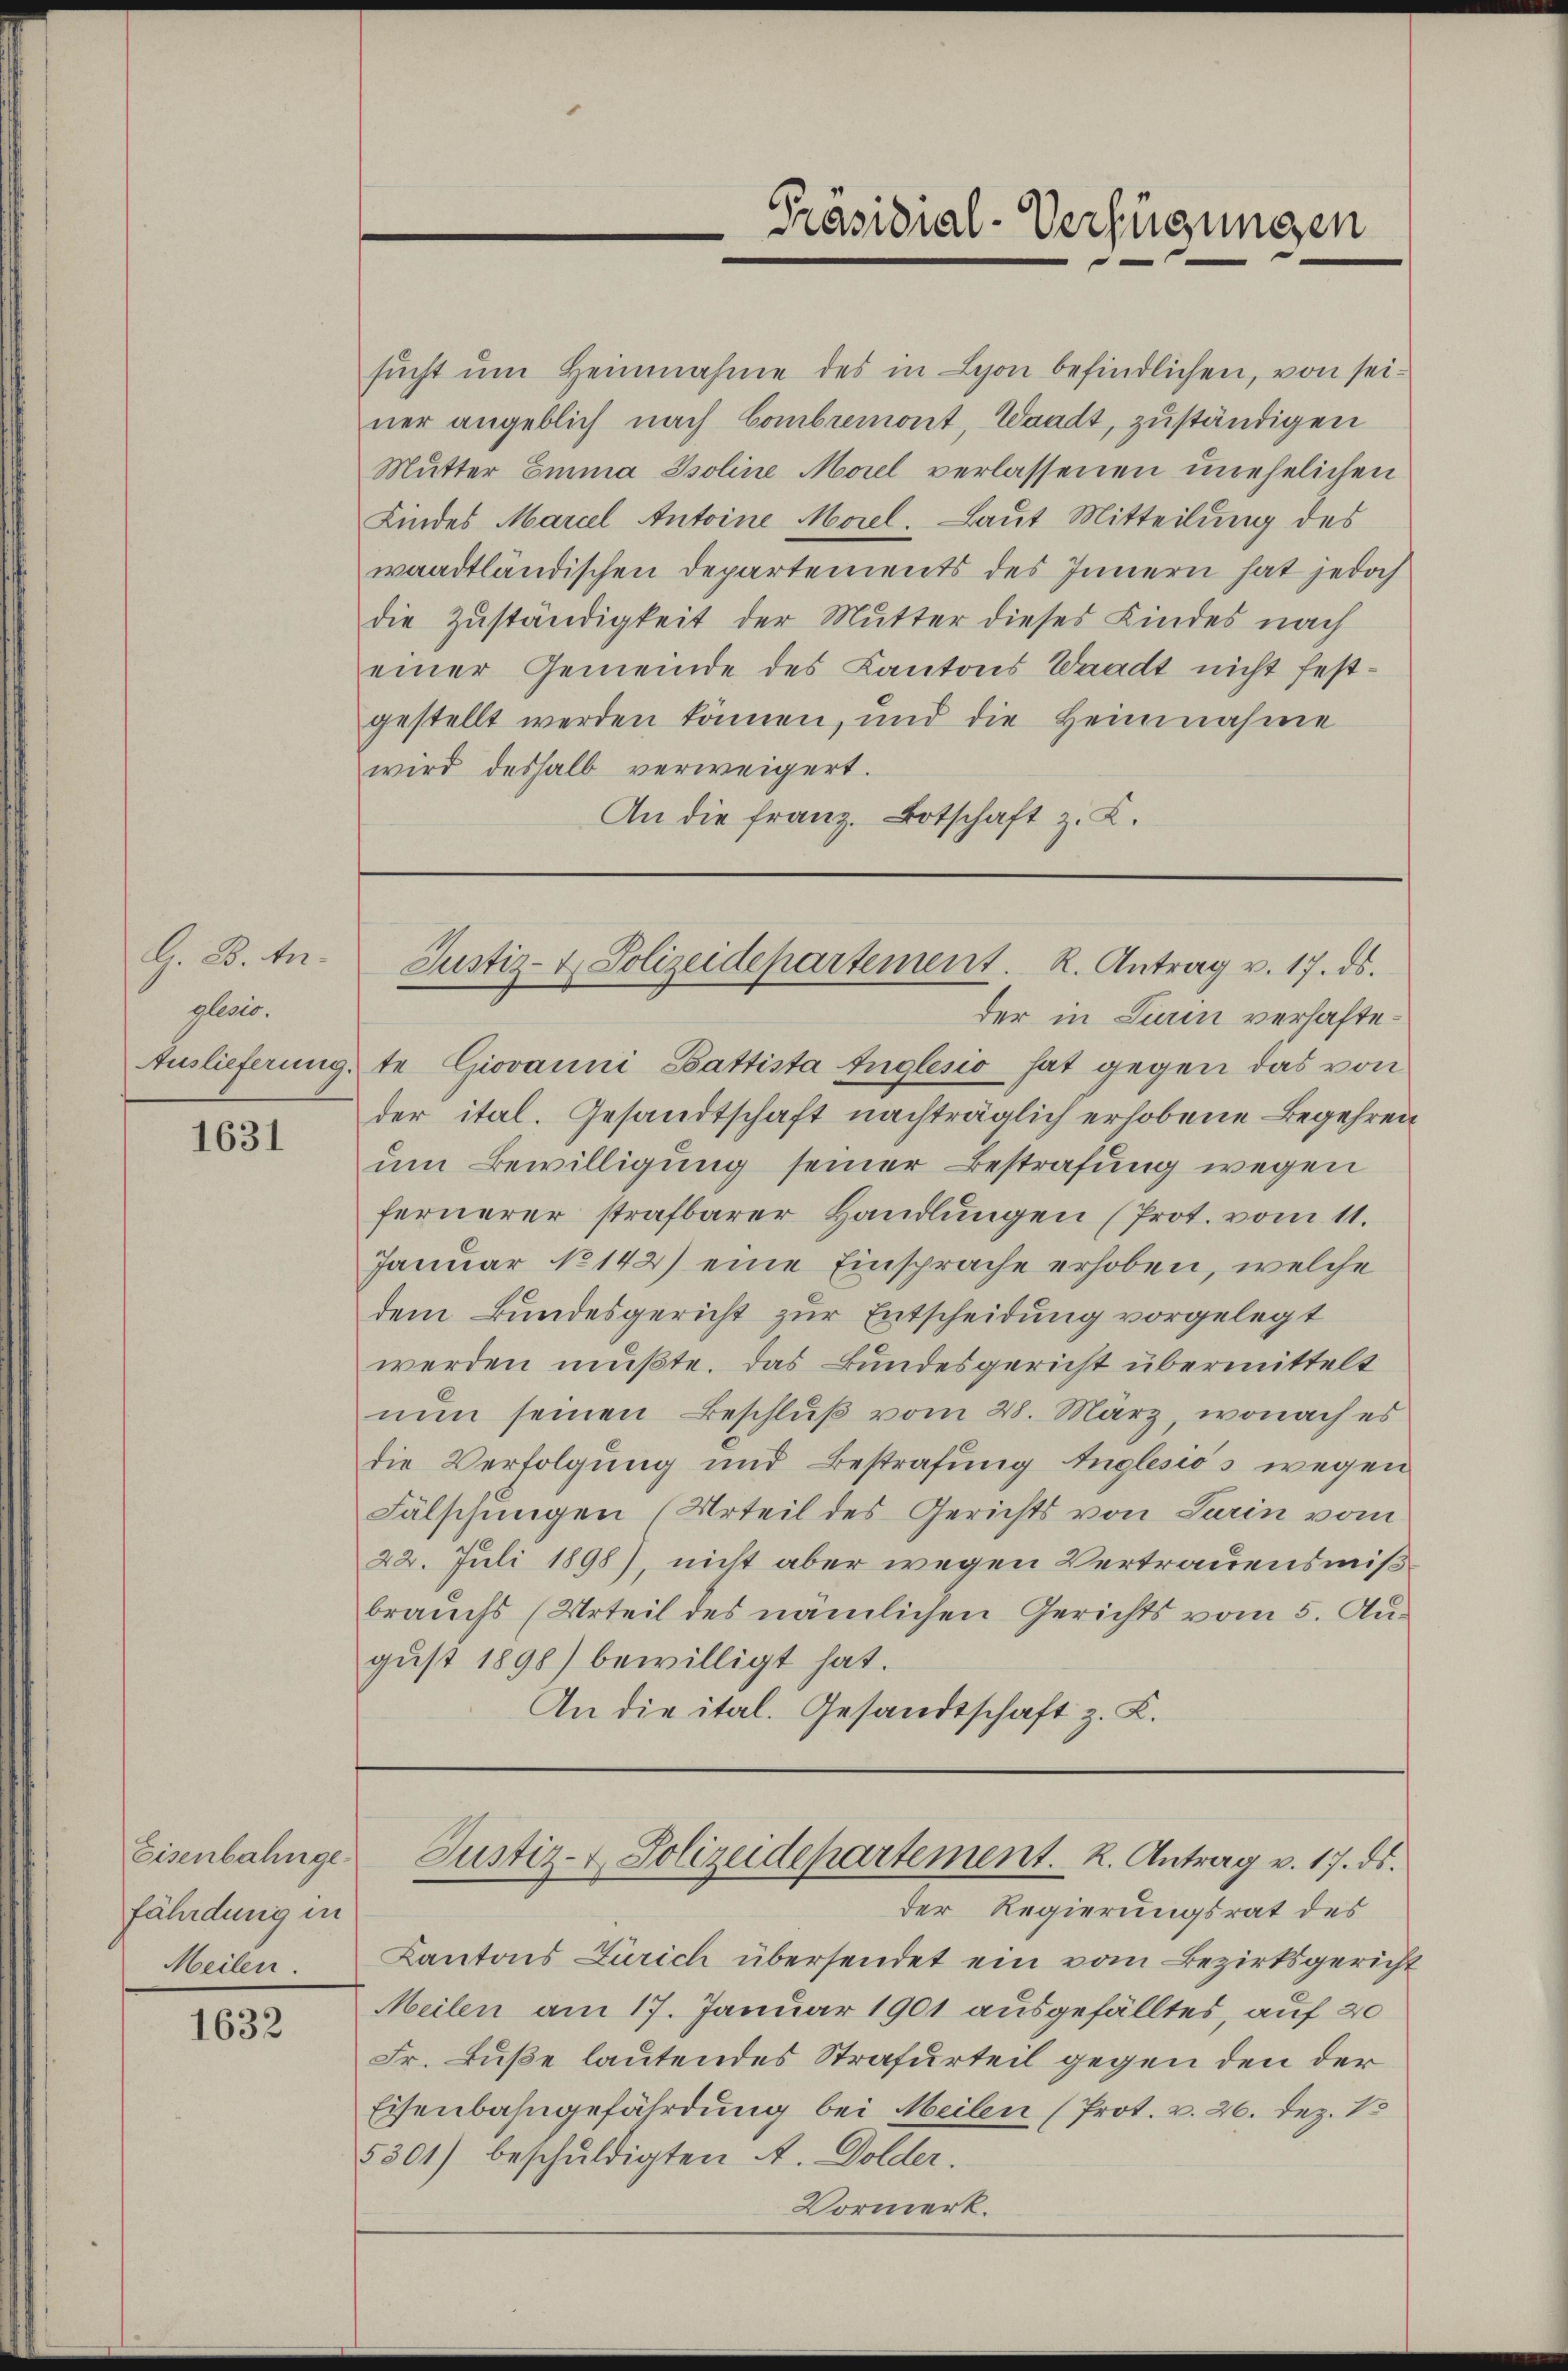
G. B. Anglenio.

1631

Eisenbahngefährdung in
Meilen.

1632

sŭcht ŭm Heinnahme des in Lyon befindlichen, von seiner angeblich nach Combremont, Waadt, zuständigen
Mŭtter Emma Isoline Morel verlassenen unehelichen
Kindes Marcel Antoine Morel. Laut Mitteilung des
waadtländischen Departements des Innern hat jedoch
die Zuständigkeit der Mutter dieses Kindes nach
einer Gemeinde des Kantons Waadt nicht festgestellt werden können, und die Heimnahme
wird deshalb verweigert.
An die franz. Botschaft z. K.

der in Turin verhafte.
Auslieferung te Giovanni Gattista Englesio hat gegen das von
der ital. Gesandtschaft nachträglich erhobene Begehren
um Bewilligung seiner Bestrafung wegen
fernerer strafbarer Handlŭngen (Prot. vom 11.
Januar No 142) eine Einsprache erhoben, welche
dem Bundesgericht zur Entscheidung vorgelegt
werden müßte. Das Bundesgericht übermittelt
nun seinen Beschluß vom 28. März, wonach es
die Verfolgung und Bestrafung Inglesios wegen
Fälschungen (Urteil des Gerichts von Sarin vom
22. Juli 1898), nicht aber wegen Vertrauensmißbrauchs (Urteil des nämlichen Gerichts vom 5. August 1898) bewilligt hat.
An die ital. Gesandtschaft z. B.

Präsidial-Verfügungen

Justiz- & Polizeidepartement. R. Antrag v. 17. ds.

Justiz- & Polizeidepartement. K. Antrag v. 17. ds.

der Regierungsrat des
Kantons Zürich übersendet ein vom Bezirksgericht
Meilen am 17. Januar 1901 ausgefälltes, auf 20
Fr. Buße lautendes Strafurteil gegen den der
Eisenbahngefährdung bei Meilen (Prot. v. 26. Dez. 18
5301) beschuldigten A. Dolder.
Vormerk.